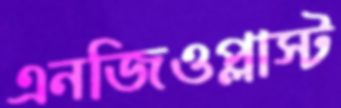
এনজিওপ্লাস্ট